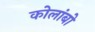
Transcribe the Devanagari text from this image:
कोलांबो